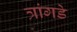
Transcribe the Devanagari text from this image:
त्रांगडे